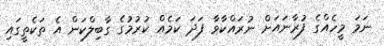
ނަމަ މީހެއްގެ ފުރާނައަށް ނުރައްކާވާ ފަދަ ކަމެއް ކުރުމުގެ ގާބިލްކަން އެ ތަކެތީގައި